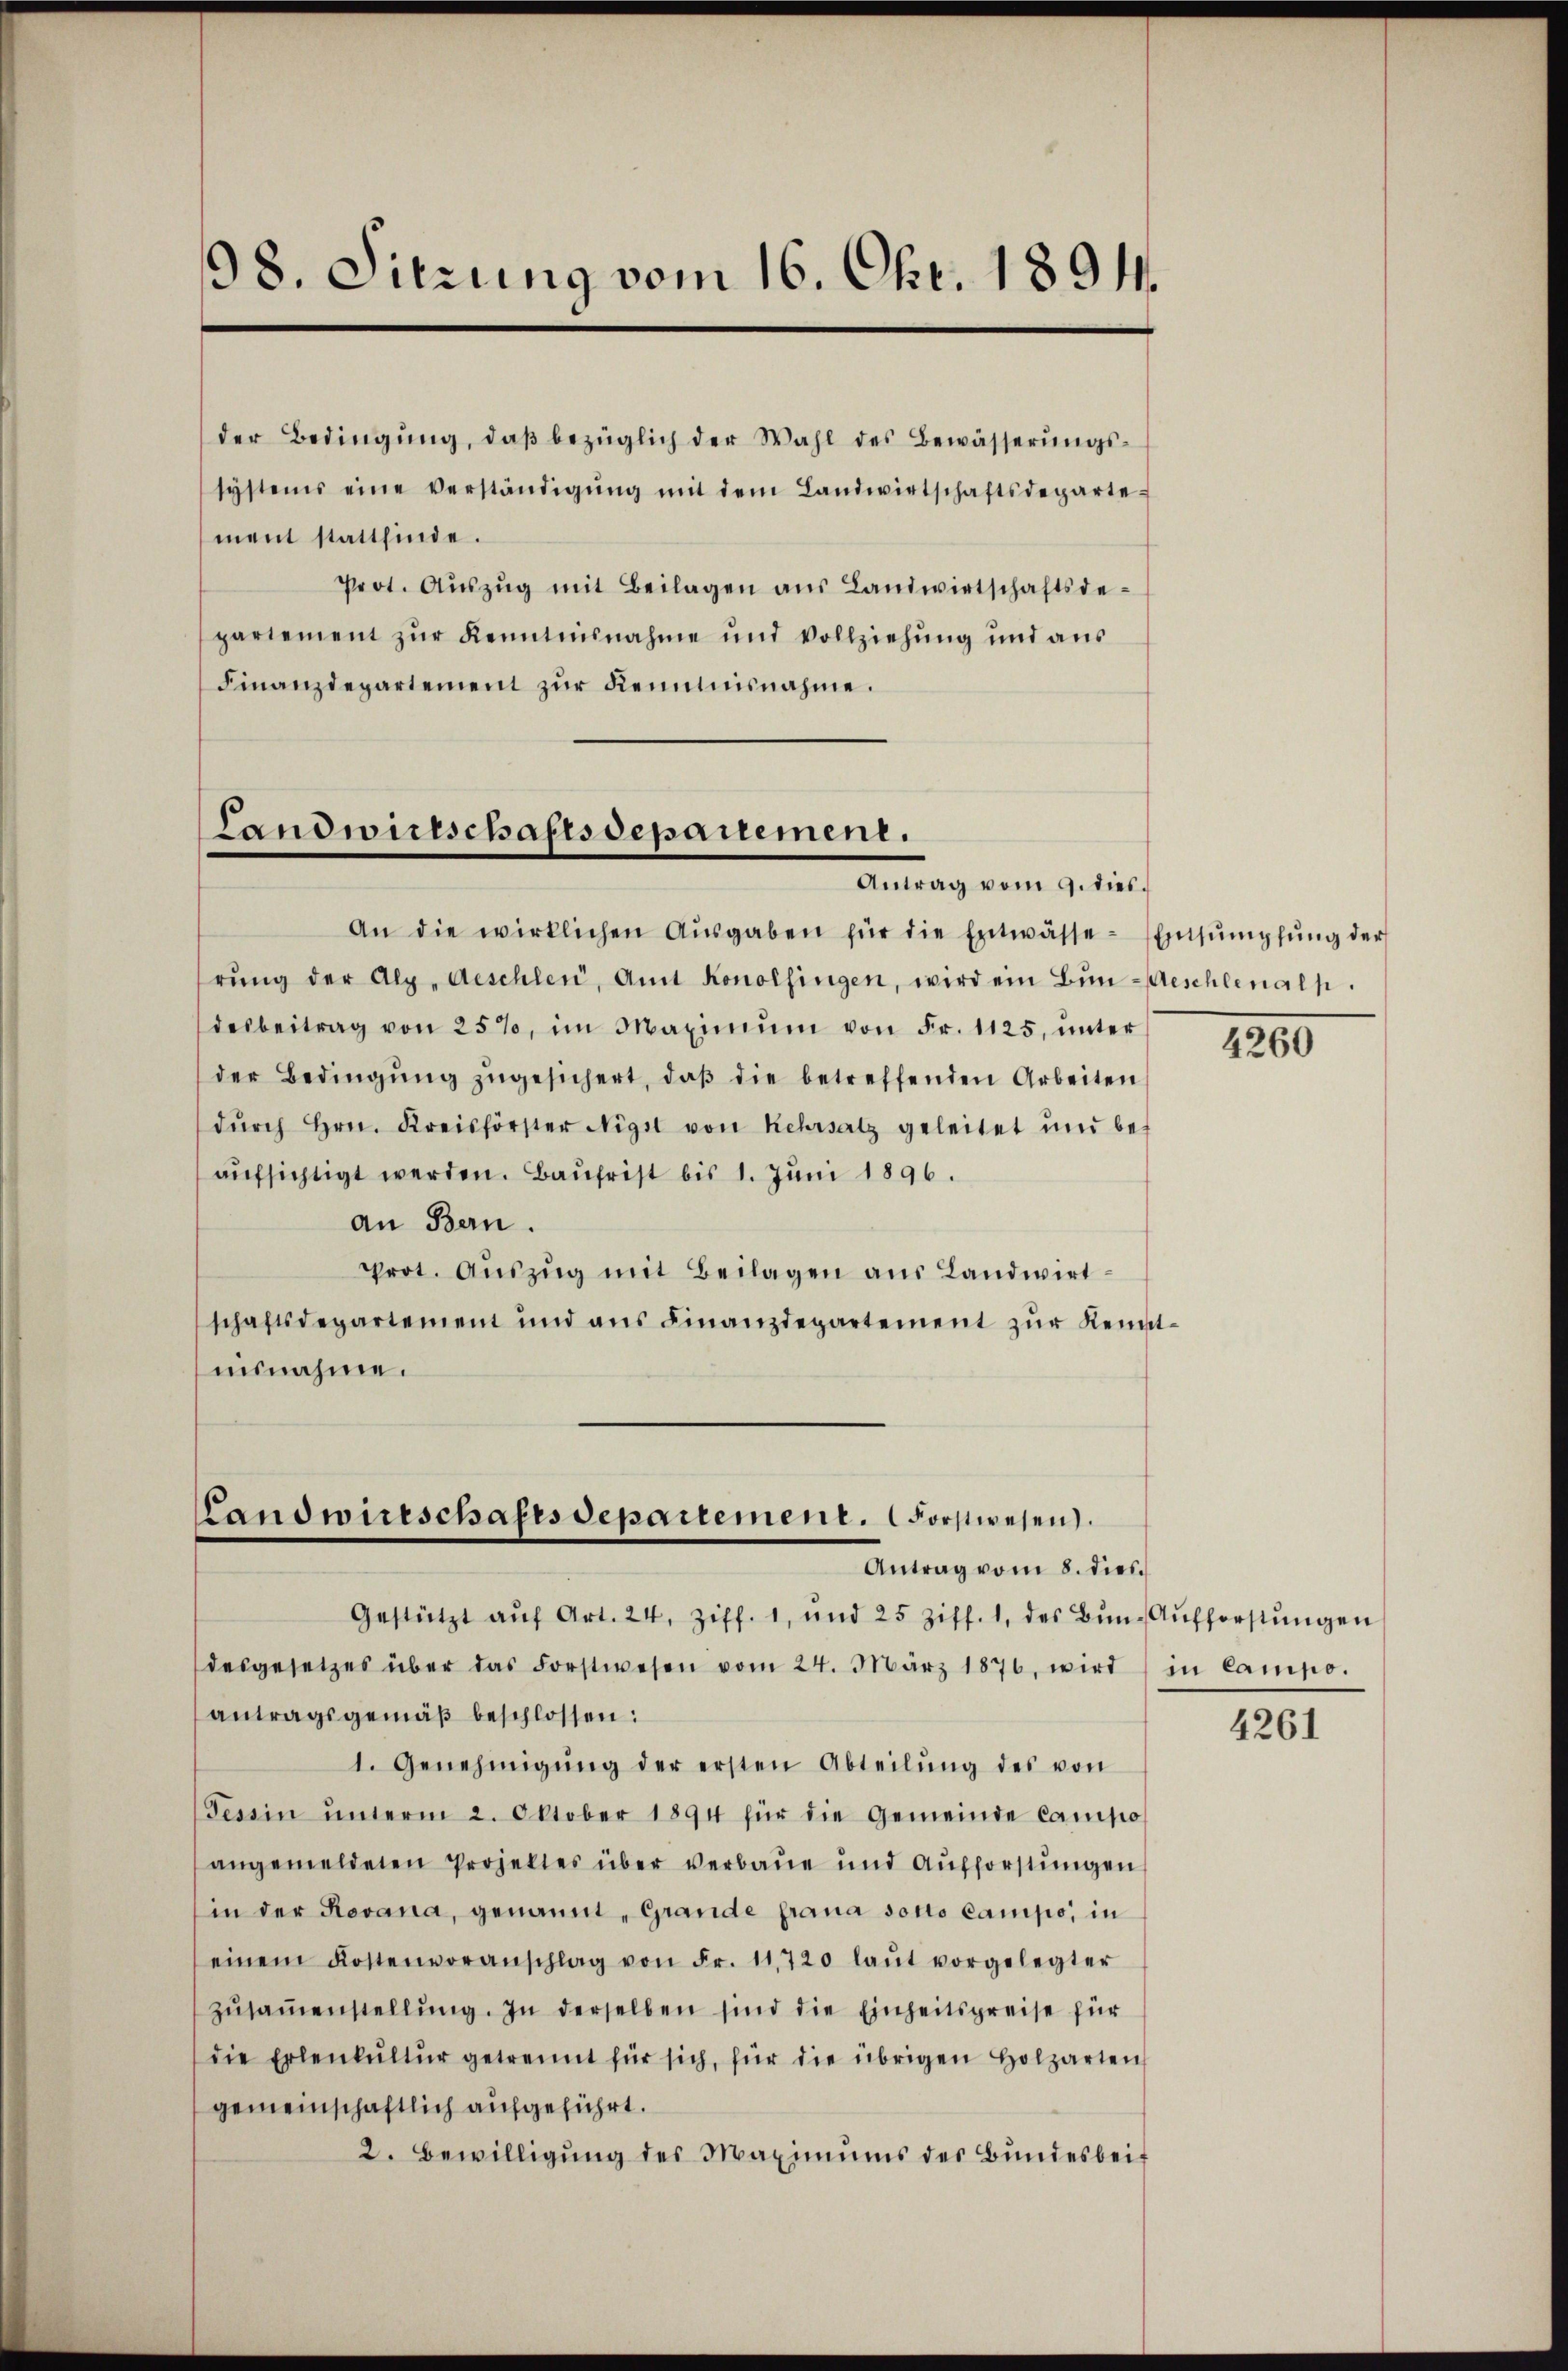
98. Sitzung vom 16. Okt. 1891.

der Bedingŭng, daβ bezüglich der Wahl des Bewässerŭngs-
systems eine verständigŭng mit dem Landwirtschaftsdeparte-
ment stattfinde.
Prot. Aŭszŭg mit Beilagen aŭs Landwirtschaftsde-
partement zŭr Kenntnisnahme und Vollziehung und aŭs
Finanzdepartement zŭr Kenntnisnahme.

Landwirtschaftsdepartement.
Antrag vom 9. dies.

An die wirklichen Aŭsgaben für die Entwässe-Ensŭmpfŭng der
rŭng der Alp, Aeschlen, Amt Konolfingen, wird ein Bŭn-Geschlenalp
desbeitrag von 25%, im Maximŭm von Fr. 1125, ŭnter
der Bedingŭng zŭgesichert, daβ die betreffenden Arbeiten
dŭrch Hrn. Kreisförster Nigst von Kehrsatz geleitet und be-
aŭfsichtigt werden. Baŭfrist bis 1. Jŭni 1896.
an Bern.
Prot. Aŭszŭg mit Beilagen aus Landwirtschaftsdepartement und ans Finanzdepartement zŭr Kenntisnahme.

Landwirtschafes departement. Forstwesen.
Antrag vom 8. dies

Gestützt aŭf Art. 24, Ziff. 1, und 25 Ziff. 1, des Bŭn-Aŭfforstŭngen
desgesetzes über das Forstwesen vom 24. März 1876, wird
antragsgemäβ beschlossen:
1. Genehmigŭng der ersten Abteilŭng des von
Tessin ŭnterm 2. Oktober 1894 für die Gemeinde Campo
angemeldeten Projektes über verbaŭe und Aŭfforstŭngen
in der Revana, genannt, Grande frana sotto campo, in
einem Kostenvoranschlag von Fr. 11720 laŭt vorgelegter
zŭsaṁenstellŭng. In derselben sind die Einheitspreise für
die Erlenkŭltŭr getrennt für sich, für die übrigen Holzarten
gemeinschaftlich aufgeführt.
2. Bewilligŭng des Maximŭms des Bundesbei¬

4260

in Campo.

4261